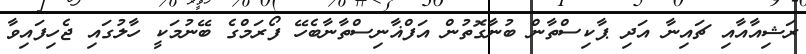
ރަޝިއާއާއި ޗައިނާ އަދި ޕާކިސްތާން ބުނާގޮތުން އަފްޣާނިސްތާނާބެހޭ ފޯރަމްގެ ބޭނުމަކީ ހާލުގައި ޖެހިފައިވާ